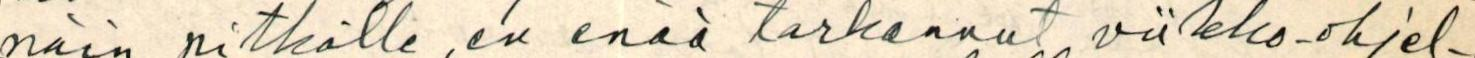
näin pitkälle, en enää tarkannut viikko-ohjel-